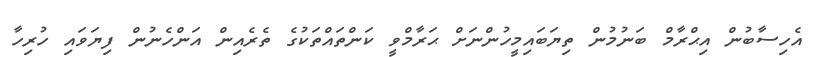
އެހިސާބުން އިޙްރާމް ބަނުމުން ތިޔަބައިމީހުންނަށް ޙަރާމްވީ ކަންތައްތަކުގެ ތެރެއިން އަންހެނުން ފިޔަވައި ހުރިހާ